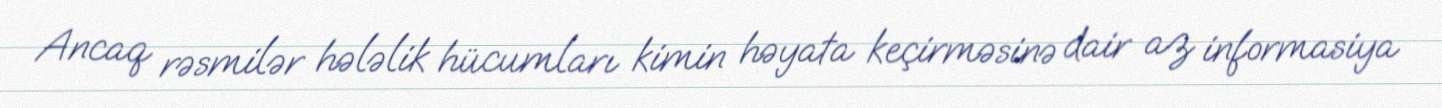
Ancaq rəsmilər hələlik hücumları kimin həyata keçirməsinə dair az informasiya